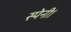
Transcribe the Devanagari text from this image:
स्पेनी।